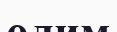
олим